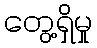
တွေ့ရှိမှု